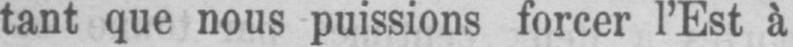
tant que nous puissions forcer l’Est à